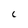
Character: L